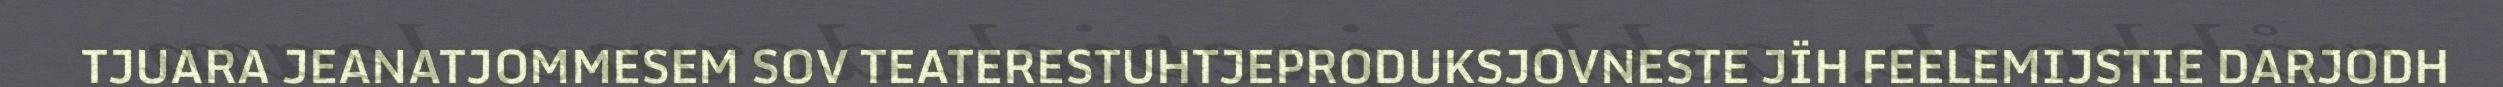
TJUARA JEANATJOMMESEM SOV TEATERESTUHTJEPRODUKSJOVNESTE JÏH FEELEMIJSTIE DARJODH